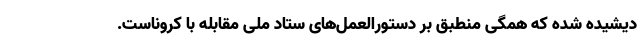
دیشیده شده که همگی منطبق بر دستورالعمل‌های ستاد ملی مقابله با کروناست.